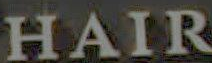
HAIR